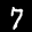
Label: 7